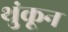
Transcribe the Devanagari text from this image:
थुंकून